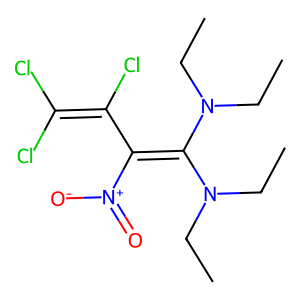
SMILES: CCN(CC)C(=C(C(Cl)=C(Cl)Cl)[N+](=O)[O-])N(CC)CC
Inhibits HIV replication: No